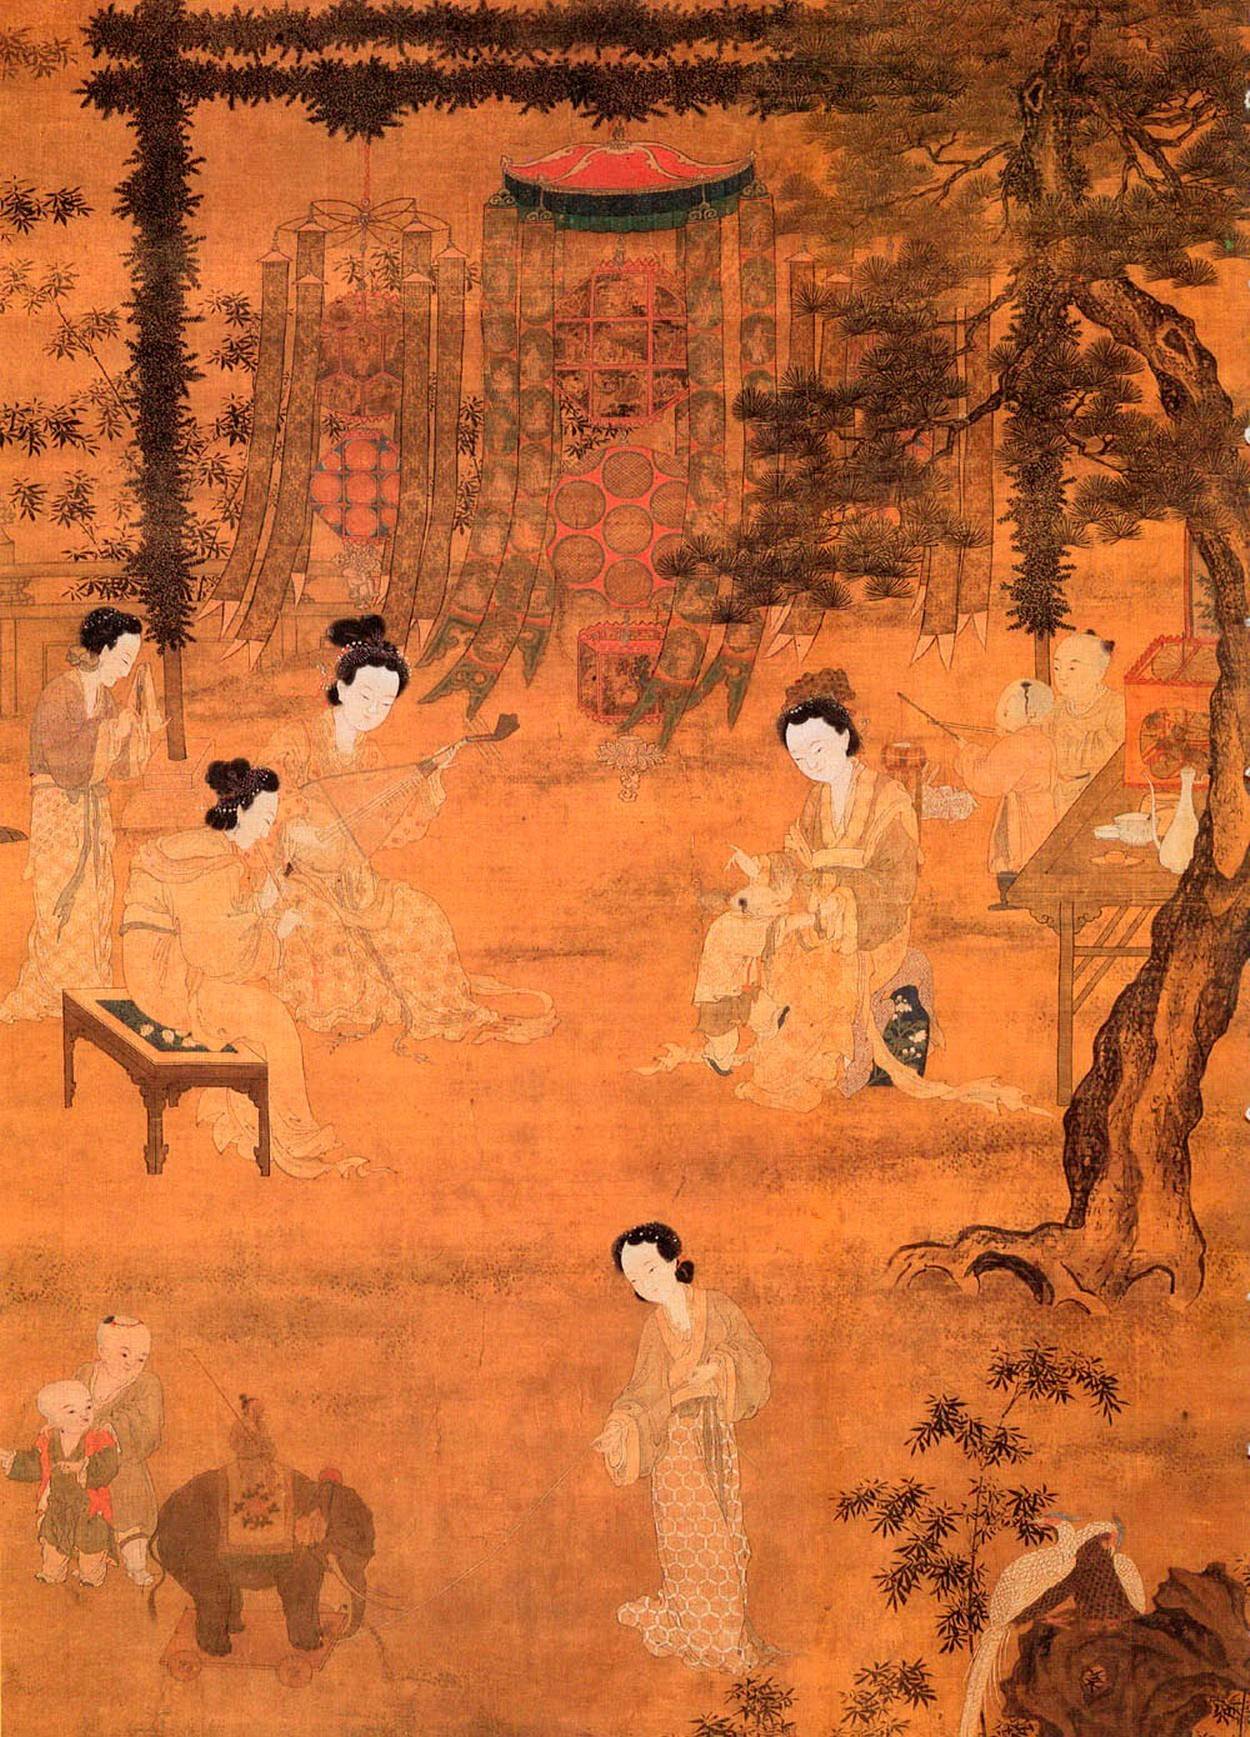
元宵佳节，融和天气，次第岂无风雨。